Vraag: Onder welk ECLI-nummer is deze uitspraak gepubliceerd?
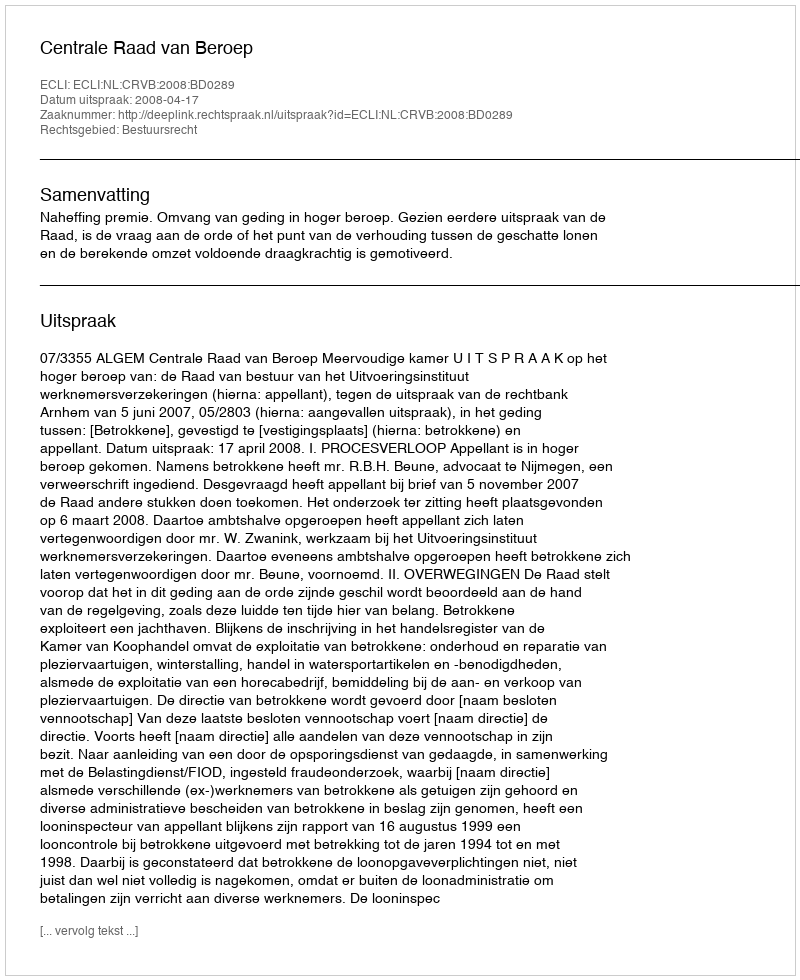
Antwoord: ECLI:NL:CRVB:2008:BD0289